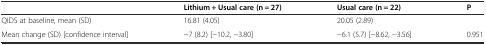
<table><thead><tr><td></td><td><b>Lithium + Usual care (n = 27)</b></td><td><b>Usual care (n = 22)</b></td><td><b>P</b></td></tr></thead><tbody><tr><td>QIDS at baseline, mean (SD)</td><td>16.81 (4.05)</td><td>20.05 (2.89)</td><td></td></tr><tr><td>Mean change (SD) [confidence interval]</td><td>−7 (8.2) [−10.2, −3.80]</td><td>−6.1 (5.7) [−8.62, −3.56]</td><td>0.951</td></tr></tbody></table>